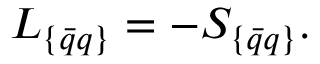
L _ { \{ \bar { q } q \} } = - S _ { \{ \bar { q } q \} } .